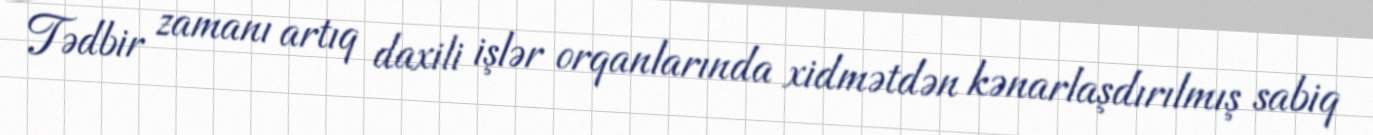
Tədbir zamanı artıq daxili işlər orqanlarında xidmətdən kənarlaşdırılmış sabiq